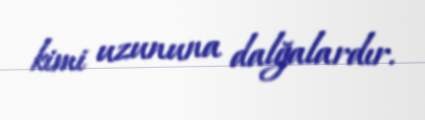
kimi uzununa dalğalardır.